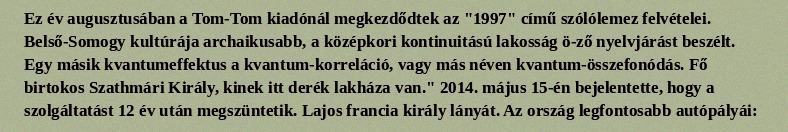
Ez év augusztusában a Tom-Tom kiadónál megkezdődtek az "1997" című szólólemez felvételei. Belső-Somogy kultúrája archaikusabb, a középkori kontinuitású lakosság ö-ző nyelvjárást beszélt. Egy másik kvantumeffektus a kvantum-korreláció, vagy más néven kvantum-összefonódás. Fő birtokos Szathmári Király, kinek itt derék lakháza van." 2014. május 15-én bejelentette, hogy a szolgáltatást 12 év után megszüntetik. Lajos francia király lányát. Az ország legfontosabb autópályái: